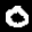
Label: 0